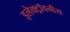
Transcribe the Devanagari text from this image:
इलेक्ट्रॉवनीय